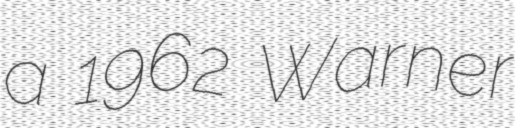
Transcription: a 1962 Warner